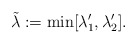
\begin{align*} \tilde \lambda := \min [\lambda'_1 , \lambda'_2]. \end{align*}